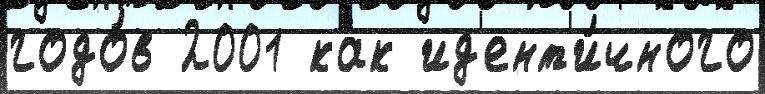
годо́в 2001 как ид'ент'и́чного